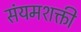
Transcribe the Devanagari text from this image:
संयमशक्ती